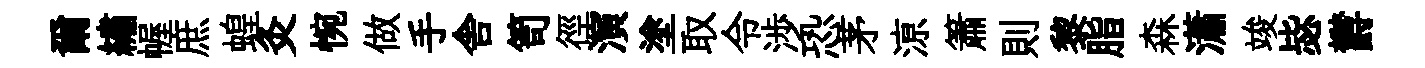
爾繡幄庶蝗灸惋做手舎笥徑演塗取令渉恐茅鿌簫則黎脂森瀟竣毖欝